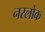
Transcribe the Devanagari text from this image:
नरलोक